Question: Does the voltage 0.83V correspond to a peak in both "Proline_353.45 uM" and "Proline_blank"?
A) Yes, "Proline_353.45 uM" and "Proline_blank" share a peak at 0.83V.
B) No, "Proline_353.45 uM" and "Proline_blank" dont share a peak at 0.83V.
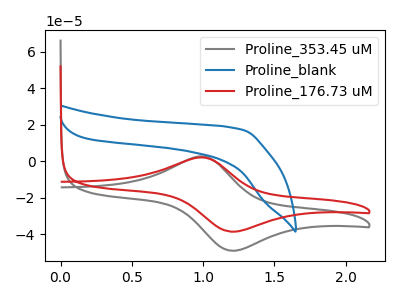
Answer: <think>The gray curve "Proline_353.45 uM" has an anodic peak at (1.00V, 2.70uA) and a cathodic peak at (1.20V, -48.90uA). The blue curve "Proline_blank" has no peaks. The red curve "Proline_176.73 uM" has an anodic peak at (1.00V, 2.10uA) and a cathodic peak at (1.20V, -38.45uA).</think>
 <answer>B) No, "Proline_353.45 uM" and "Proline_blank" dont share a peak at 0.83V.</answer>
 <eval>B</eval>